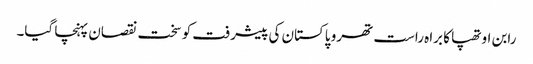
رابن اوتھپا کا براہ راست تھرو پاکستان کی پیشرفت کو سخت نقصان پہنچا گیا۔